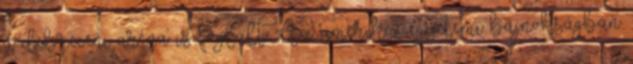
a debreceni aréna is foglalt. Az amerikai egyetemi bajnokságban